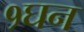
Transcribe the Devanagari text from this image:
१घन